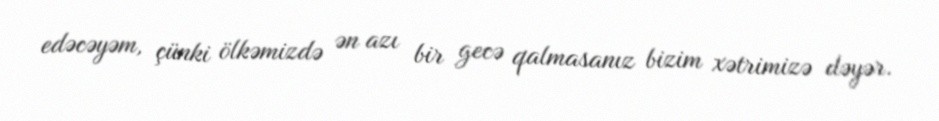
edəcəyəm, çünki ölkəmizdə ən azı bir gecə qalmasanız bizim xətrimizə dəyər.